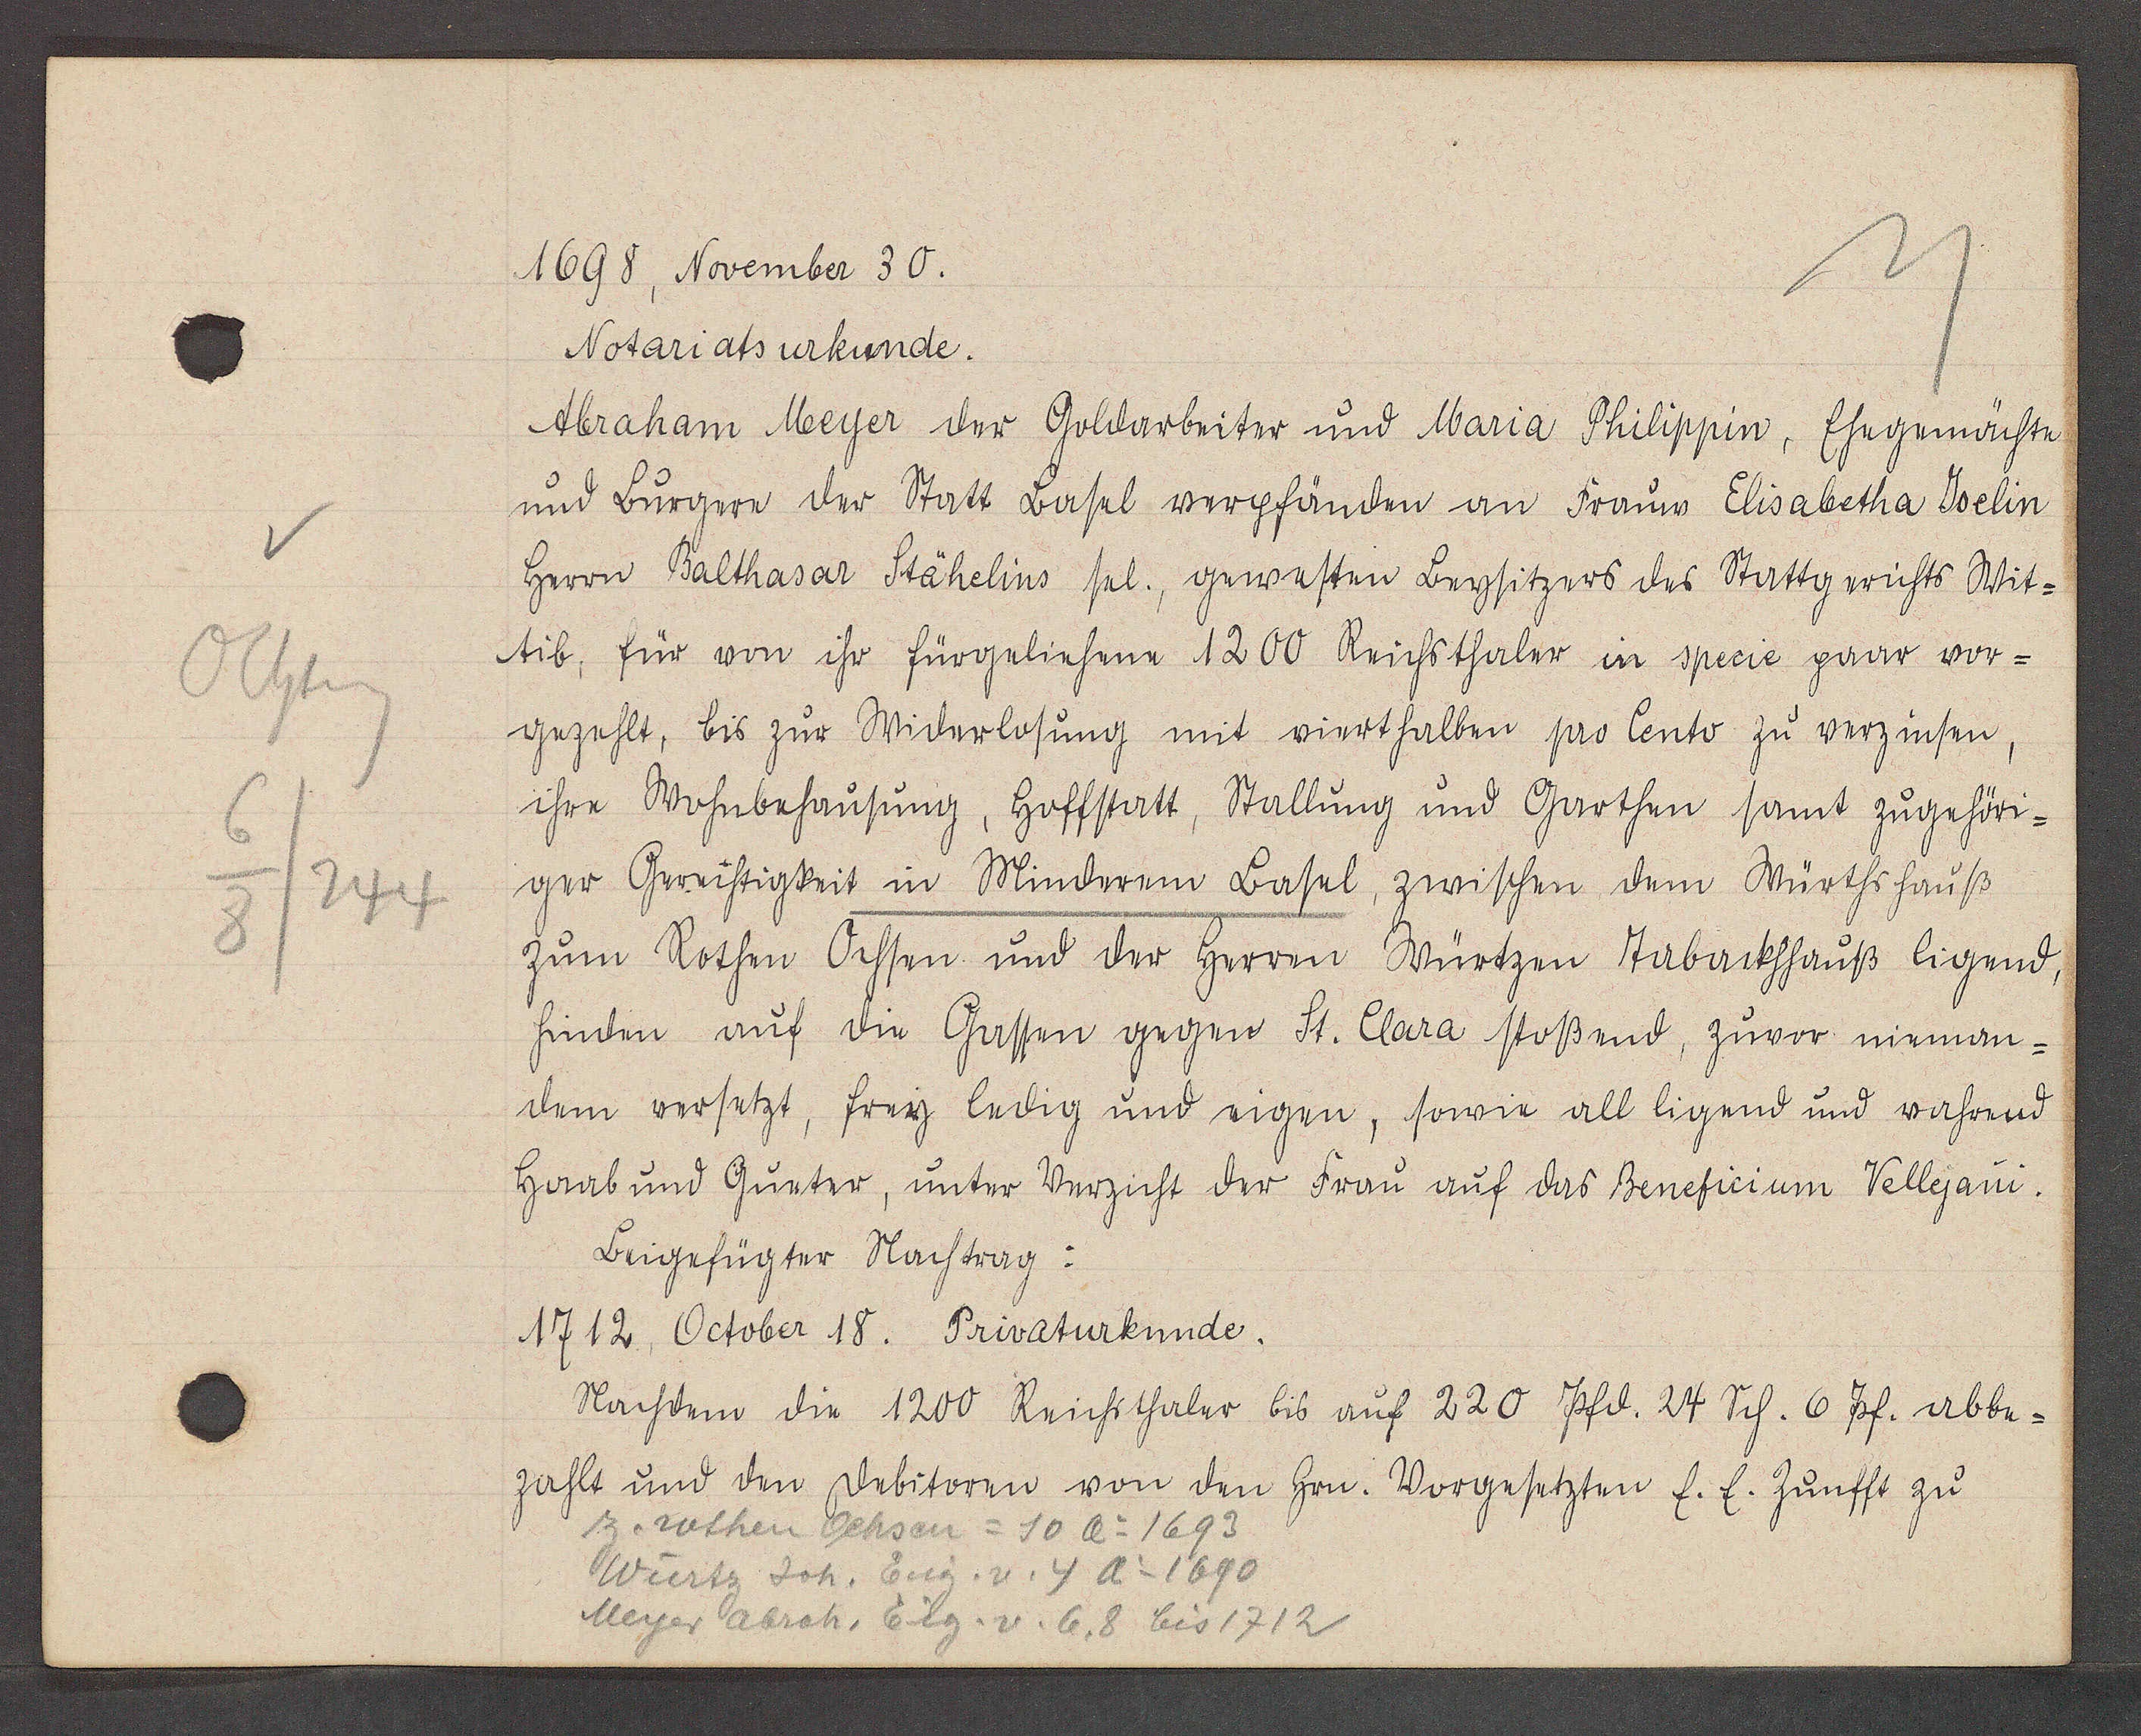
Transcript:
Ochseng
3
244

1698, November 30.

Abraham Meyer der Goldarbeiter und Maria Philippin, Ehegemächte
und Burgere der Statt Basel verpfänden an Frauw Elisabetha Iselin
Herrn Balthasar Stähelins sel., gewesten Beysitzers des Stattgerichts Wit-
tib, für von ihr fürgeliehene 1200 Reichsthaler in specie paar vor-
Notariatsurkunde
gezehlt, bis zur Widerlosung mit vierthalben pro Cento zu verzinsen,
ihre Wohnbehausung, Hoffstatt, Stallung und Garthen samt zugehöri-
ger Gerechtigkeit in Minderem Basel, zwischen dem Würthshauß
zum Rothen Ochsen und der Herren Würtzen Tabackhhauß ligend,
hinden auf die Gassen gegen St. Clara stoßend, zuvor nieman-
dem versetzt, frey ledig und eigen, sowie all ligend und vahrend
Haab und Gueter, unter Verzicht der Frau auf das Beneficium Vellejani.
1712. October 18. Privaturkunde.
zahlt und den debitoren von den
Beigefügter Nachtrag:
Nachdem die 1200 Reichsthaler bis auf 220 Pfd. 24 Sch. 6 Pf. abbe-

z. rothen Ochsen = 10 Ao 1693
Würtz Joh. Eig. v. 4 Ao 1690
Meyer Abrah. Eig. v. 6,8 bis 1712

hrn. Vorgesetzten E.E. Zunfft zu